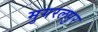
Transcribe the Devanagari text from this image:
मुगरलपुर